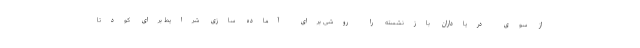
از سوی دریاداران بازنشسته را روشی برای آماده سازی شرایط برای کودتا